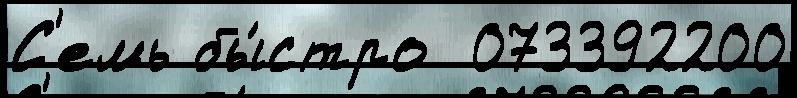
С'емь бы́стро  073392200